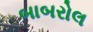
બાબરોલ